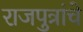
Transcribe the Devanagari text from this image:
राजपुत्रांचे